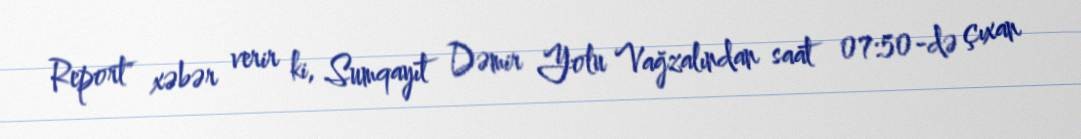
Report" xəbər verir ki, Sumqayıt Dəmir Yolu Vağzalından saat 07:50-də çıxan